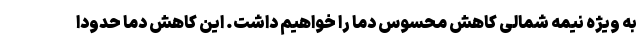
به ویژه نیمه شمالی کاهش محسوس دما را خواهیم داشت. این کاهش دما حدودا